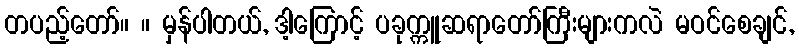
တပည့်တော်။ ။ မှန်ပါတယ်, ဒါ့ကြောင့် ပခုက္ကူဆရာတော်ကြီးများကလဲ မဝင်စေချင်,